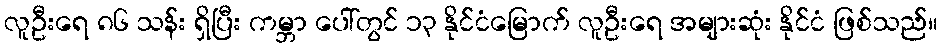
လူဦးရေ ၈၆ သန်း ရှိပြီး ကမ္ဘာ ပေါ်တွင် ၁၃ နိုင်ငံမြောက် လူဦးရေ အများဆုံး နိုင်ငံ ဖြစ်သည်။